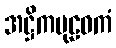
အဋ္ဌိကပုဠဝကံ